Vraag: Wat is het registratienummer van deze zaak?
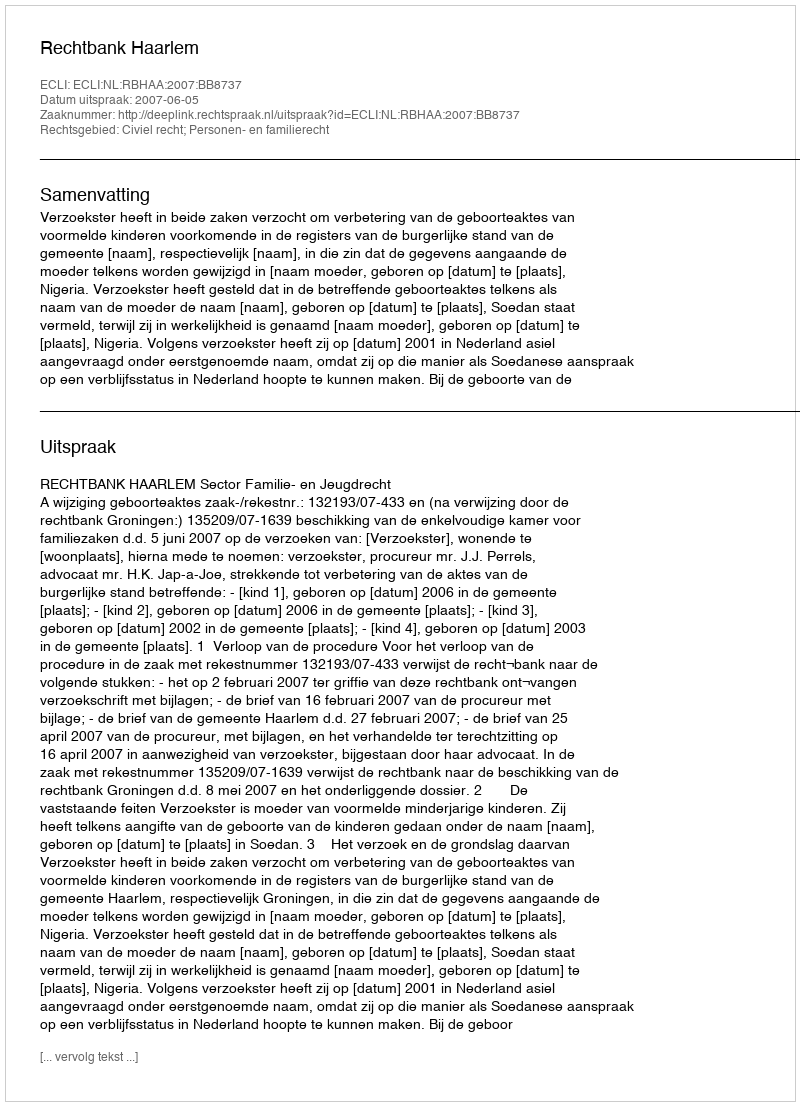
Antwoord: http://deeplink.rechtspraak.nl/uitspraak?id=ECLI:NL:RBHAA:2007:BB8737